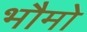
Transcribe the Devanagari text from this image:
भौमो